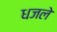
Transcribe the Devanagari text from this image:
धजले